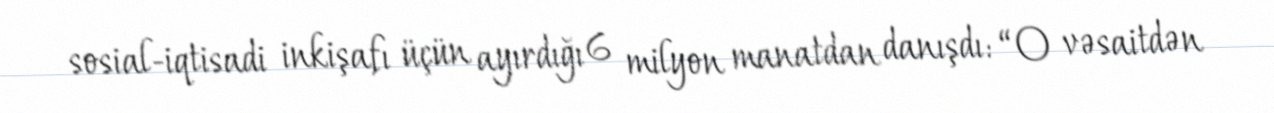
sosial-iqtisadi inkişafı üçün ayırdığı 6 milyon manatdan danışdı: “O vəsaitdən